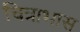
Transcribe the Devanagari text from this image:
चित्राभास